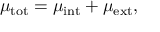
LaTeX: \mu _ { \mathrm { t o t } } = \mu _ { \mathrm { i n t } } + \mu _ { \mathrm { e x t } } ,